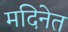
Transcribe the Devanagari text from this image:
मदिनेत